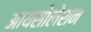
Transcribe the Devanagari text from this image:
आयसोलेशन